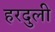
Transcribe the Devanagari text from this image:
हरदुली